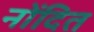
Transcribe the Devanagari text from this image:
नोंदित